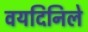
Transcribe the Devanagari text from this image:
वयदिनिले